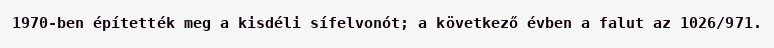
1970-ben építették meg a kisdéli sífelvonót; a következő évben a falut az 1026/971.